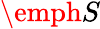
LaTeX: \emph{S}